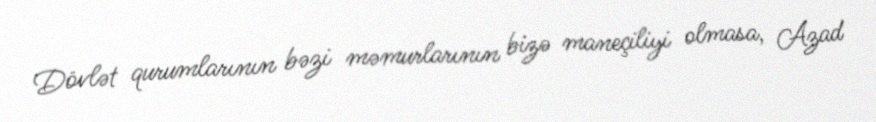
Dövlət qurumlarının bəzi məmurlarının bizə maneçiliyi olmasa, Azad